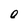
Character: O